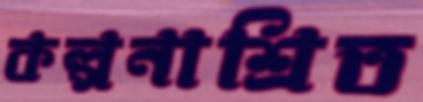
কল্পনাশ্রিত